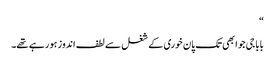
“
بابا جی جو ابھی تک پان خوری کے شغل سے لطف اندوز ہو رہے تھے۔